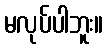
မလုပ်ပါဘူး။